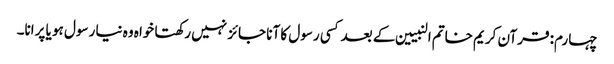
چہارم: قرآن کریم خاتم النبیین کے بعدکسی رسول کا آنا جائز نہیں رکھتا خواہ وہ نیا رسول ہو یا پرانا۔